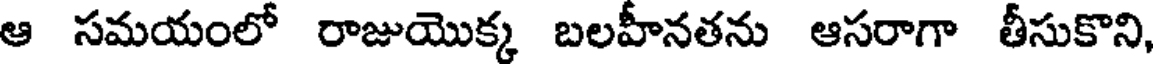
ఆ సమయంలో రాజుయొక్క బలహీనతను ఆసరాగా తీసుకొని,